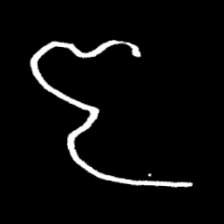
Pyu character \u2014 Myanmar letter: ဇ (romanized: ja)